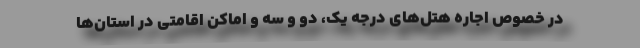
در خصوص اجاره هتل‌های درجه یک، دو و سه و اماکن اقامتی در استان‌ها